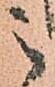
之